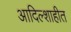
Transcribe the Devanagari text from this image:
आदिल्शाहीत